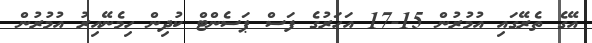
އޭގެ ތެރޭގައި އުމުރުން 15-17 އަހަރުގެ ފަސް ޕަސެންޓް ކުދިން ހިމެނޭއިރު އުމުރުން